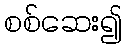
စစ်ဆေး၍